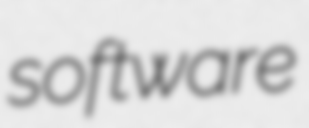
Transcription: software